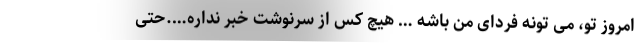
امروزِ تو، می تونه فردای من باشه … هیچ کس از سرنوشت خبر نداره….حتی